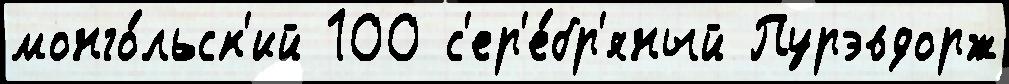
монго́льск'ий 100 с'ер'е́бр'яный Пурэвдорж